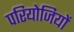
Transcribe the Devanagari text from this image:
परियोजियों